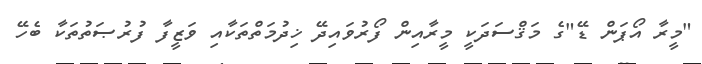
"މީރާ އޯޕަން ޑޭ"ގެ މަޤްސަދަކީ މީރާއިން ފޯރުވައިދޭ ޚިދުމަތްތަކާއި ވަޒީފާ ފުރުޞަތުތަކާ ބެހޭ